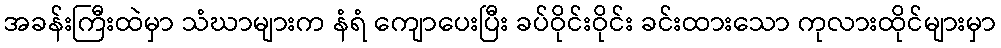
အခန်းကြီးထဲမှာ သံဃာများက နံရံ ကျောပေးပြီး ခပ်ဝိုင်းဝိုင်း ခင်းထားသော ကုလားထိုင်များမှာ